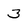
Character: 3